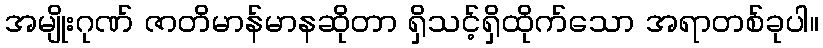
အမျိုးဂုဏ် ဇာတိမာန်မာနဆိုတာ ရှိသင့်ရှိထိုက်သော အရာတစ်ခုပါ။